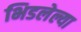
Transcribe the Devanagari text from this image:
भिडलेल्या